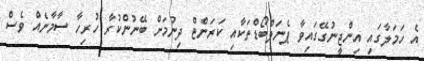
އެ ހަމަލާގައި އިންޖީނުގޭގައިވާ ޕެނަލްބޯޑްތަކާއި ކަރަންޓް ދިނުމަށް ބޭނުންކުރާ ހުރިހާ ސާމާނެއް ވެސް